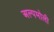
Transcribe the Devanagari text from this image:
अल्पमोली